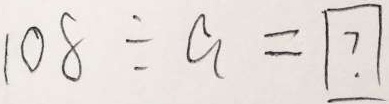
1 0 8 \div a = \boxed { ? }